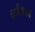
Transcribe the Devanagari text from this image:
ब्रासिका